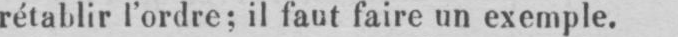
rétablir l’ordre; il faut faire un exemple.